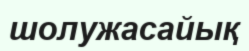
шолужасайық